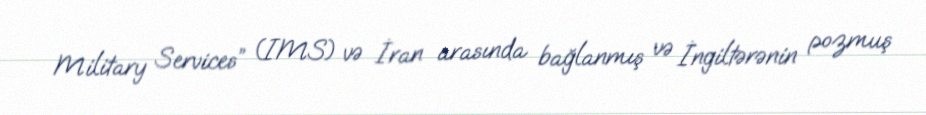
Military Services” (IMS) və İran arasında bağlanmış və İngiltərənin pozmuş